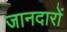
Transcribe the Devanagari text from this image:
जानदारों